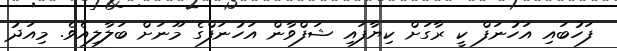
ފަހުބައި އަހުނަފް ކީ ރާގަށް ކިޔާފައި ޝަފްވާން އަހުނަފްގެ މޫނަށް ބަލާލިއެވެ. މިއަދު